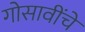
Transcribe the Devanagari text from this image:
गोसावींचे